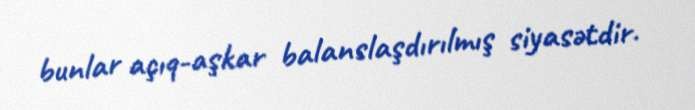
bunlar açıq-aşkar balanslaşdırılmış siyasətdir.